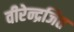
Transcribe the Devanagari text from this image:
वीरेन्द्रजित